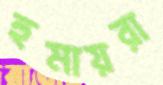
হুমায়রা